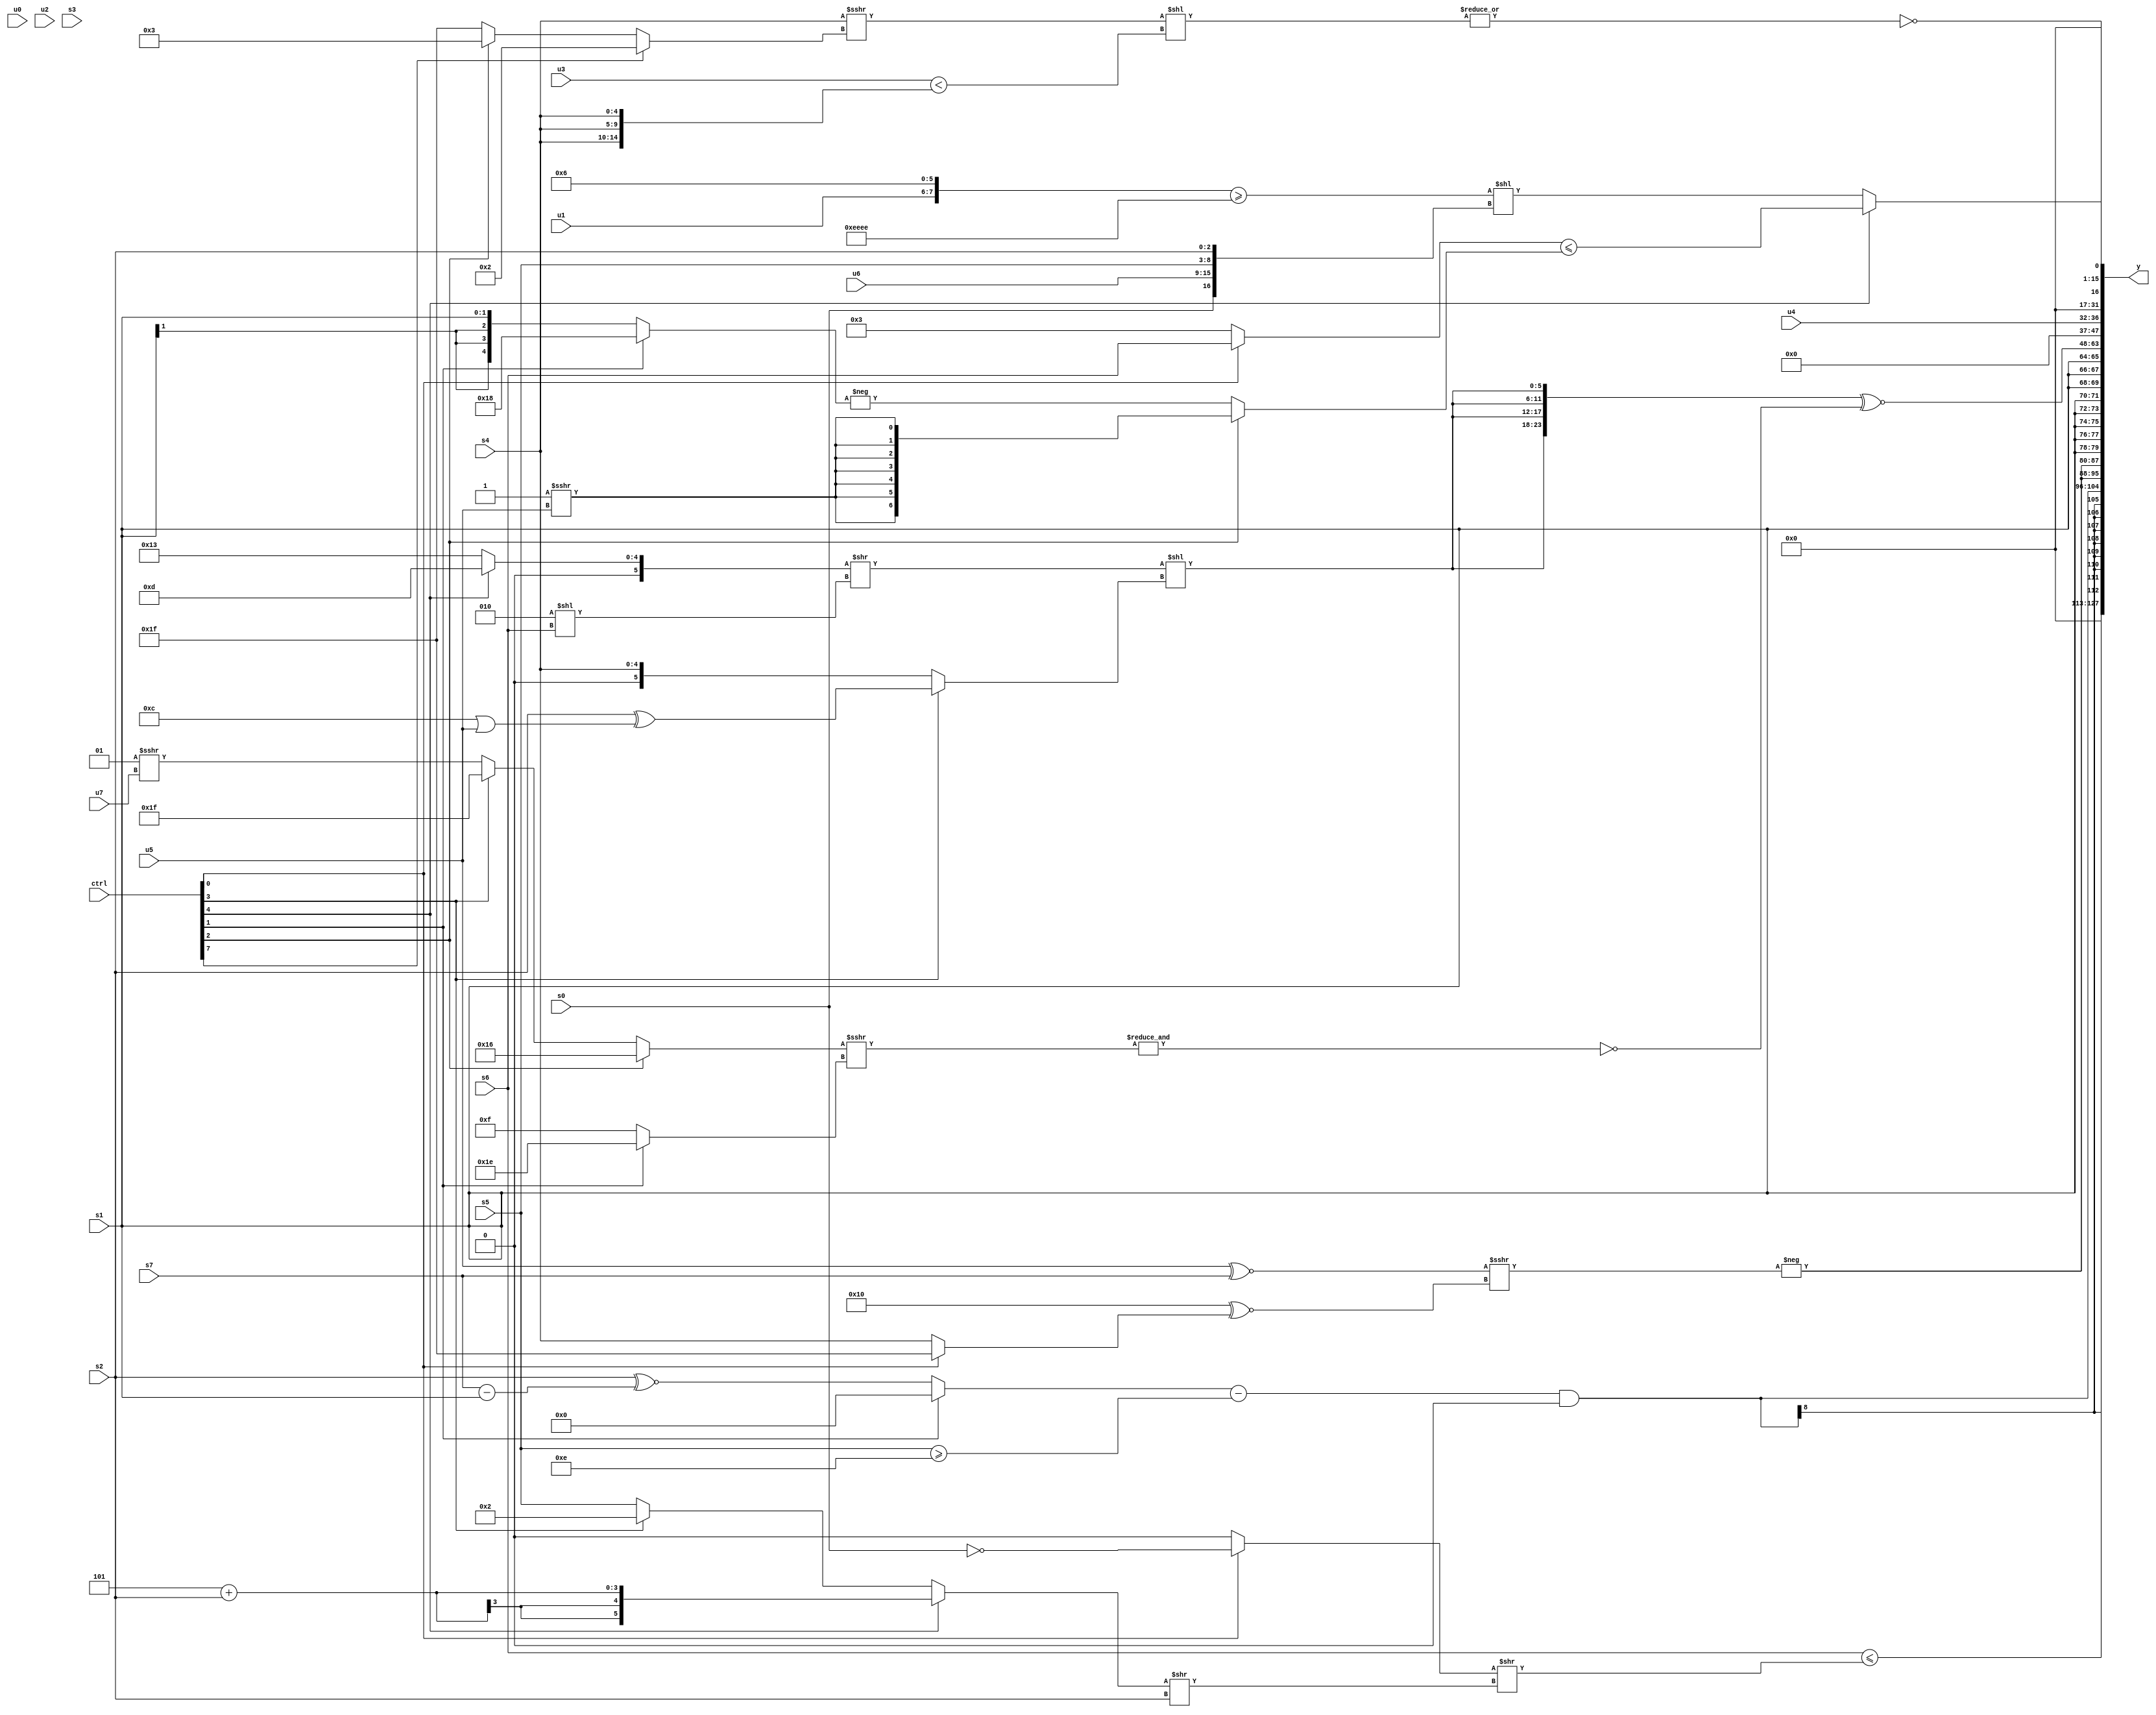
module wideexpr_00352(ctrl, u0, u1, u2, u3, u4, u5, u6, u7, s0, s1, s2, s3, s4, s5, s6, s7, y);
  input [7:0] ctrl;
  input [0:0] u0;
  input [1:0] u1;
  input [2:0] u2;
  input [3:0] u3;
  input [4:0] u4;
  input [5:0] u5;
  input [6:0] u6;
  input [7:0] u7;
  input signed [0:0] s0;
  input signed [1:0] s1;
  input signed [2:0] s2;
  input signed [3:0] s3;
  input signed [4:0] s4;
  input signed [5:0] s5;
  input signed [6:0] s6;
  input signed [7:0] s7;
  output [127:0] y;
  wire [15:0] y0;
  wire [15:0] y1;
  wire [15:0] y2;
  wire [15:0] y3;
  wire [15:0] y4;
  wire [15:0] y5;
  wire [15:0] y6;
  wire [15:0] y7;
  assign y = {y0,y1,y2,y3,y4,y5,y6,y7};
  assign y0 = (s6)<=($signed(({(ctrl[0]?~^($unsigned(s0)):2'b00)})>>(($signed((ctrl[4]?(3'sb101)+(s2):(ctrl[3]?3'sb010:s5))))>>(s2))));
  assign y1 = (($signed(+((ctrl[1]?(1'sb1)^~(-(3'sb000)):(s2)^~((s7)-(s1))))))-($signed((+($unsigned($signed(s5))))>=(+(4'sb1110)))))&($signed(+(2'b00)));
  assign y2 = {2{+($unsigned($signed(-((($signed(u5))^~($signed(s7)))>>>(((5'sb11001)-(5'sb01001))^~((ctrl[0]?1'sb1:s4)))))))}};
  assign y3 = {3{{4{s1}}}};
  assign y4 = $signed(({4{(+(((ctrl[4]?5'sb01101:6'sb010011))>>((3'sb010)<<(s6))))<<((ctrl[3]?(s2)^((4'sb1100)|(u5)):$signed(s4)))}})^~(~&(((ctrl[2]?6'sb010110:(ctrl[3]?(3'sb111)>>(4'sb0001):(3'sb001)>>>(u7))))>>>(((ctrl[1]?-(6'sb100010):(5'sb01111)>>>(2'sb00)))<<<(+($signed(2'sb00)))))));
  assign y5 = u4;
  assign y6 = ~|(((s4)>>>((ctrl[7]?3'sb010:(ctrl[2]?2'sb11:6'b011111))))<<((u3)<({3{s4}})));
  assign y7 = {(1'sb0)^((ctrl[4]?((ctrl[0]?s6:3'sb011))<=((ctrl[2]?$signed((1'sb1)>>>(u5)):-((ctrl[1]?5'sb11000:s1)))):$signed((({u1,6'sb000110})>=({4{4'sb1110}}))<<($unsigned({s0,u6,s5,s2})))))};
endmodule